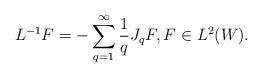
LaTeX: \begin{align*}L^{-1}F=-\sum_{q=1}^\infty\frac{1}{q}J_qF,F\in L^2(W).\end{align*}